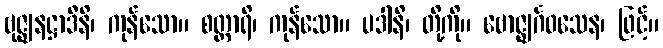
ဗုဇ္ဈနဋ္ဌာဒီနိ၊ ကုန်သော။ စတ္တာရိ၊ ကုန်သော။ ပဒါနိ၊ တို့ကို။ ဗောဇ္ဈင်္ဂဝသေန၊ ဖြင့်။